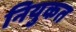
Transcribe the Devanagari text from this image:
नियुकत